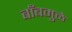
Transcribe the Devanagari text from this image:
बाँबमुळे